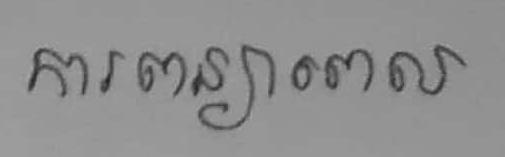
ការពន្យាពេល